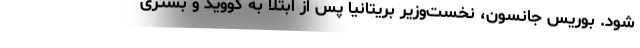
شود. بوریس جانسون، نخست‌وزیر بریتانیا پس از ابتلا به کووید و بستری